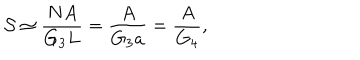
{ \cal { S } } \simeq \frac { N A } { G _ { 3 } L } = \frac { A } { G _ { 3 } a } = \frac { A } { G _ { 4 } } ,